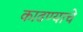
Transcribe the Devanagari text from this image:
काढण्‍याचे